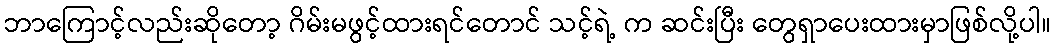
ဘာကြောင့်လည်းဆိုတော့ ဂိမ်းမဖွင့်ထားရင်တောင် သင့်ရဲ့ က ဆင်းပြီး တွေရှာပေးထားမှာဖြစ်လို့ပါ။